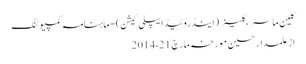
کلین ماسٹر،کلینر (اینڈروئیڈ ایپلی کیشن) - ماہنامہ کمپیوٹنگ
از علمدار حسین	 مورخہ مارچ 21، 2014